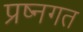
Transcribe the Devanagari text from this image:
प्रष्नगत